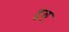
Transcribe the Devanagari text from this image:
टुलू